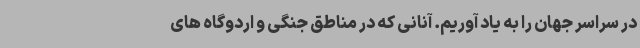
در سراسر جهان را به یاد آوریم. آنانی که در مناطق جنگی و اردوگاه های